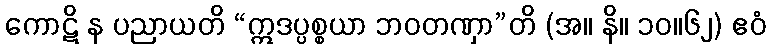
ကောဋိ န ပညာယတိ “ဣဒပ္ပစ္စယာ ဘဝတဏှာ”တိ (အ။ နိ။ ၁၀။၆၂) ဧဝံ